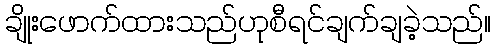
ချိုးဖောက်ထားသည်ဟုစီရင်ချက်ချခဲ့သည်။